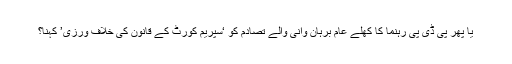
یا پھر پی ڈی پی رہنما کا کھلے عام برہان وانی والے تصادم کو ‘سپریم کورٹ کے قانون کی خلاف ورزی’ کہنا؟